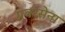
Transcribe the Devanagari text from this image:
प्रवरसेना